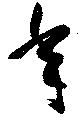
年